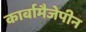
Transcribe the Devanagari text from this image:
कार्बामैजेपीन